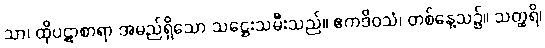
သာ၊ ထိုပဋာစာရာ အမည်ရှိသော သဋ္ဌေးသမီးသည်။ ဧကဒိဝသံ၊ တစ်နေ့သ၌။ သတ္ထရိ၊